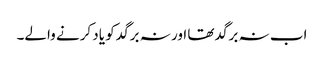
اب نہ برگد تھا اور نہ برگد کو یاد کرنے والے۔